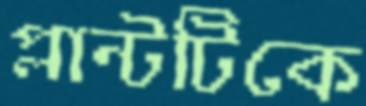
প্লান্টটিকে